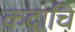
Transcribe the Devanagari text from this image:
कदाचि